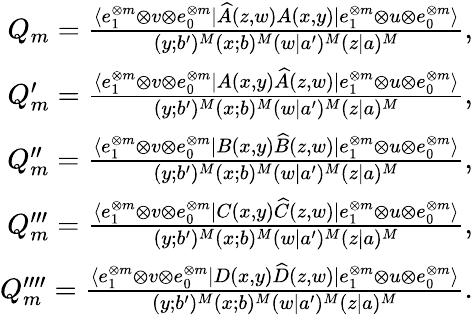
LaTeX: \begin{array}{r}{Q_{m}=\frac{\langle e_{1}^{\otimes m}\otimes v\otimes e_{0}^{\otimes m}|\widehat{A}(z,w)A(x,y)|e_{1}^{\otimes m}\otimes u\otimes e_{0}^{\otimes m}\rangle}{(y;b^{\prime})^{M}(x;b)^{M}(w|a^{\prime})^{M}(z|a)^{M}},}\\ {Q_{m}^{\prime}=\frac{\langle e_{1}^{\otimes m}\otimes v\otimes e_{0}^{\otimes m}|A(x,y)\widehat{A}(z,w)|e_{1}^{\otimes m}\otimes u\otimes e_{0}^{\otimes m}\rangle}{(y;b^{\prime})^{M}(x;b)^{M}(w|a^{\prime})^{M}(z|a)^{M}},}\\ {Q_{m}^{\prime\prime}=\frac{\langle e_{1}^{\otimes m}\otimes v\otimes e_{0}^{\otimes m}|B(x,y)\widehat{B}(z,w)|e_{1}^{\otimes m}\otimes u\otimes e_{0}^{\otimes m}\rangle}{(y;b^{\prime})^{M}(x;b)^{M}(w|a^{\prime})^{M}(z|a)^{M}},}\\ {Q_{m}^{\prime\prime\prime}=\frac{\langle e_{1}^{\otimes m}\otimes v\otimes e_{0}^{\otimes m}|C(x,y)\widehat{C}(z,w)|e_{1}^{\otimes m}\otimes u\otimes e_{0}^{\otimes m}\rangle}{(y;b^{\prime})^{M}(x;b)^{M}(w|a^{\prime})^{M}(z|a)^{M}},}\\ {Q_{m}^{\prime\prime\prime\prime}=\frac{\langle e_{1}^{\otimes m}\otimes v\otimes e_{0}^{\otimes m}|D(x,y)\widehat{D}(z,w)|e_{1}^{\otimes m}\otimes u\otimes e_{0}^{\otimes m}\rangle}{(y;b^{\prime})^{M}(x;b)^{M}(w|a^{\prime})^{M}(z|a)^{M}}.}\end{array}